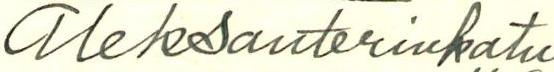
Aleksanterinkatu